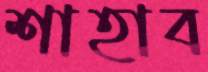
শাহাব